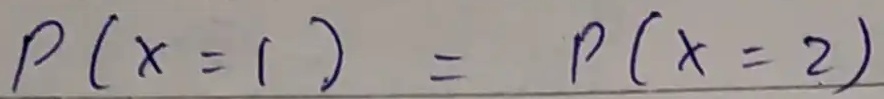
$P(X = 1) = P(X = 2)$